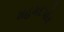
મહમદપોર